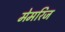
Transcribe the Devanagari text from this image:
मेमरिज